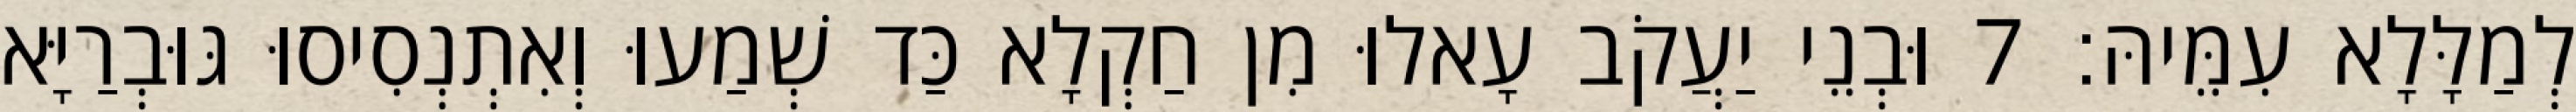
לְמַלָּלָא עִמֵּיהּ׃ 7 וּבְנֵי יַעֲקֹב עָאלוּ מִן חַקְלָא כַּד שְׁמַעוּ וְאִתְנְסִיסוּ גּוּבְרַיָּא